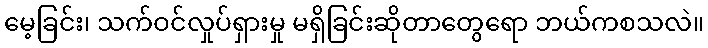
မေ့ခြင်း၊ သက်ဝင်လှုပ်ရှားမှု မရှိခြင်းဆိုတာတွေရော ဘယ်ကစသလဲ။